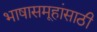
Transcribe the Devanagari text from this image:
भाषासमूहांसाठी